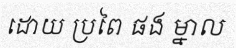
ដោយ ប្រពៃ ផង ម្នាល